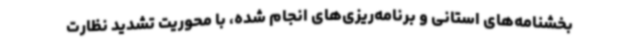
بخشنامه‌های استانی و برنامه‌ریزی‌های انجام شده، با محوریت تشدید نظارت